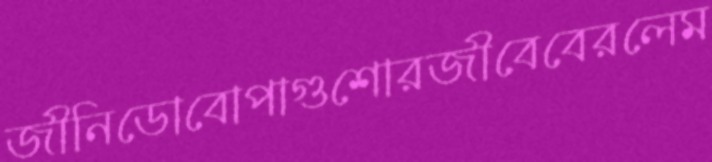
জীনিডোবোপাগুশোরজীবেবেরলেম